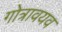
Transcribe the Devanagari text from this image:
गोत्रावयव